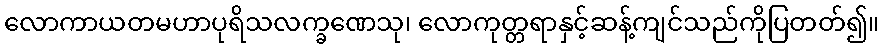
လောကာယတမဟာပုရိသလက္ခဏေသု၊ လောကုတ္တရာနှင့်ဆန့်ကျင်သည်ကိုပြတတ်၍။